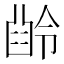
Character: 𠎜